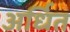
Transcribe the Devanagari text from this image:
अर्धित